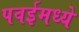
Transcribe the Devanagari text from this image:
पवईमध्ये